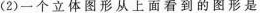
(2)一个立体图形从上面看到的图形是